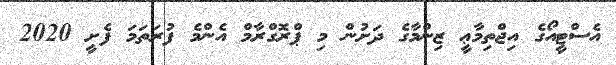
އެސްޓީއޯގެ އިޖްތިމާޢީ ޒިންމާގެ ދަށުން މި ޕްރޮގްރާމް އެންމެ ފުރަތަމަ ފެށީ 2020